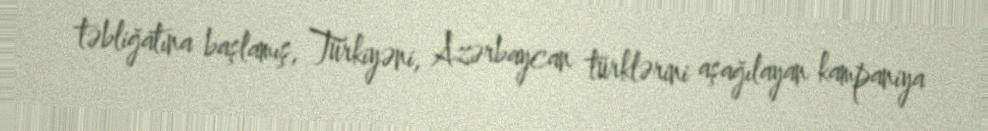
təbliğatına başlamış, Türkiyəni, Azərbaycan türklərini aşağılayan kampaniya